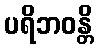
ပရိဘဝန္တိ